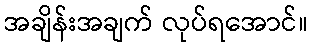
အချိန်းအချက် လုပ်ရအောင်။